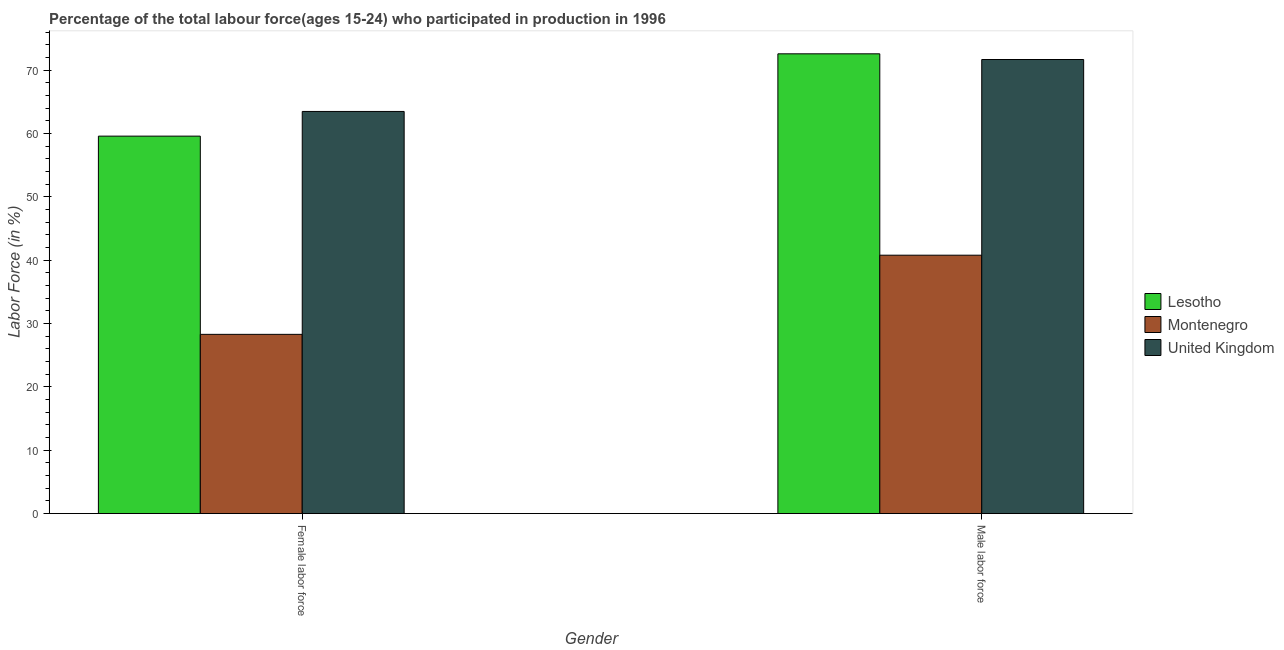
| Gender | Lesotho | Montenegro | United Kingdom |
 | --- | --- | --- | --- |
 | Female labor force | 59.6 | 28.3 | 63.5 |
 | Male labor force | 72.6 | 40.8 | 71.7 |